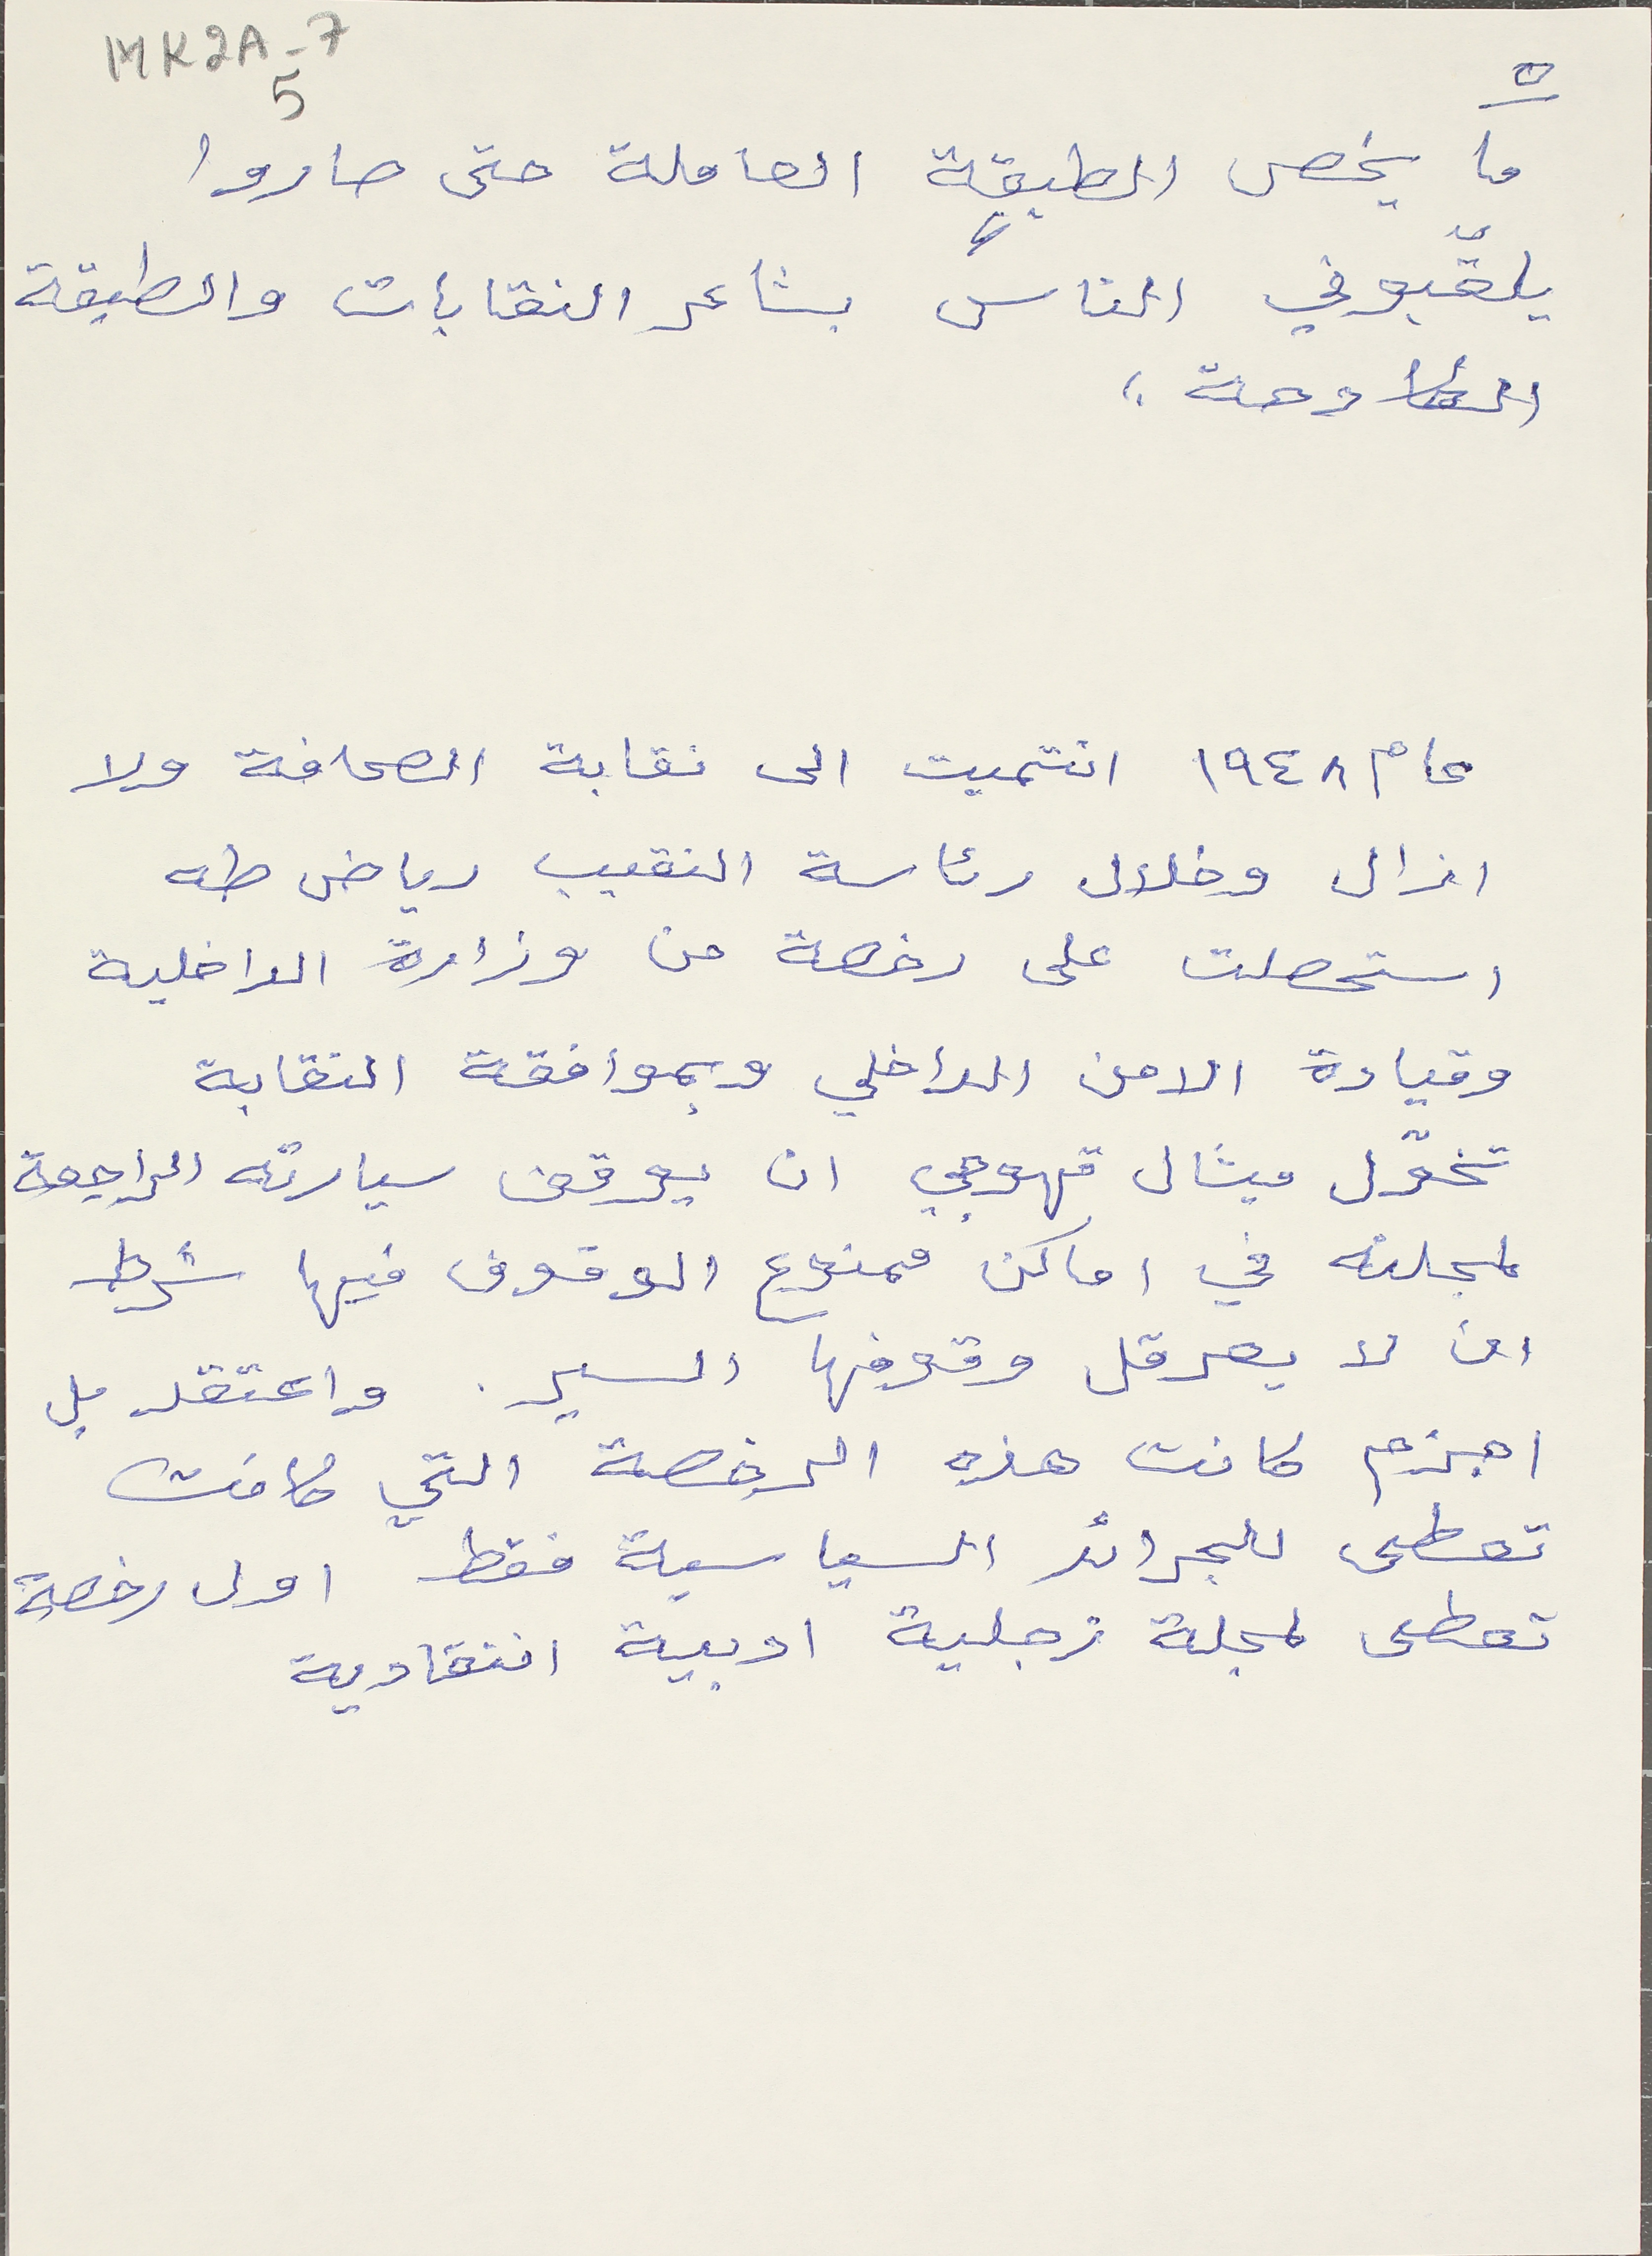
MK2A-7       5
ما يخص الطبقة العاملة حتى صاروا
يلقّبوني الناس بشاعر النقابات والطبقة
الكادحة.
عام ١٩٤٨ انتميت الى نقابة الصحافة ولا
ازال وخلال رئاسة النقيب رياض طه
استحصلت على رخصة من وزارة الداخلية
وقيادة الامن الداخلي وبموافقة النقابة
تخوّل ميشال قهوجي ان يوقف سيارته الراجعة
لمجلته في اماكن ممنوع الوقوف فيها شرط
ان لا يعرقل وقوفها السير. واعتقد بل
اجزم كانت هذه الرخصة التي كانت
تعطى للجرائد السياسية فقط اول رخصة
تعطى لمجلة زجلية ادبية انتقادية
٥